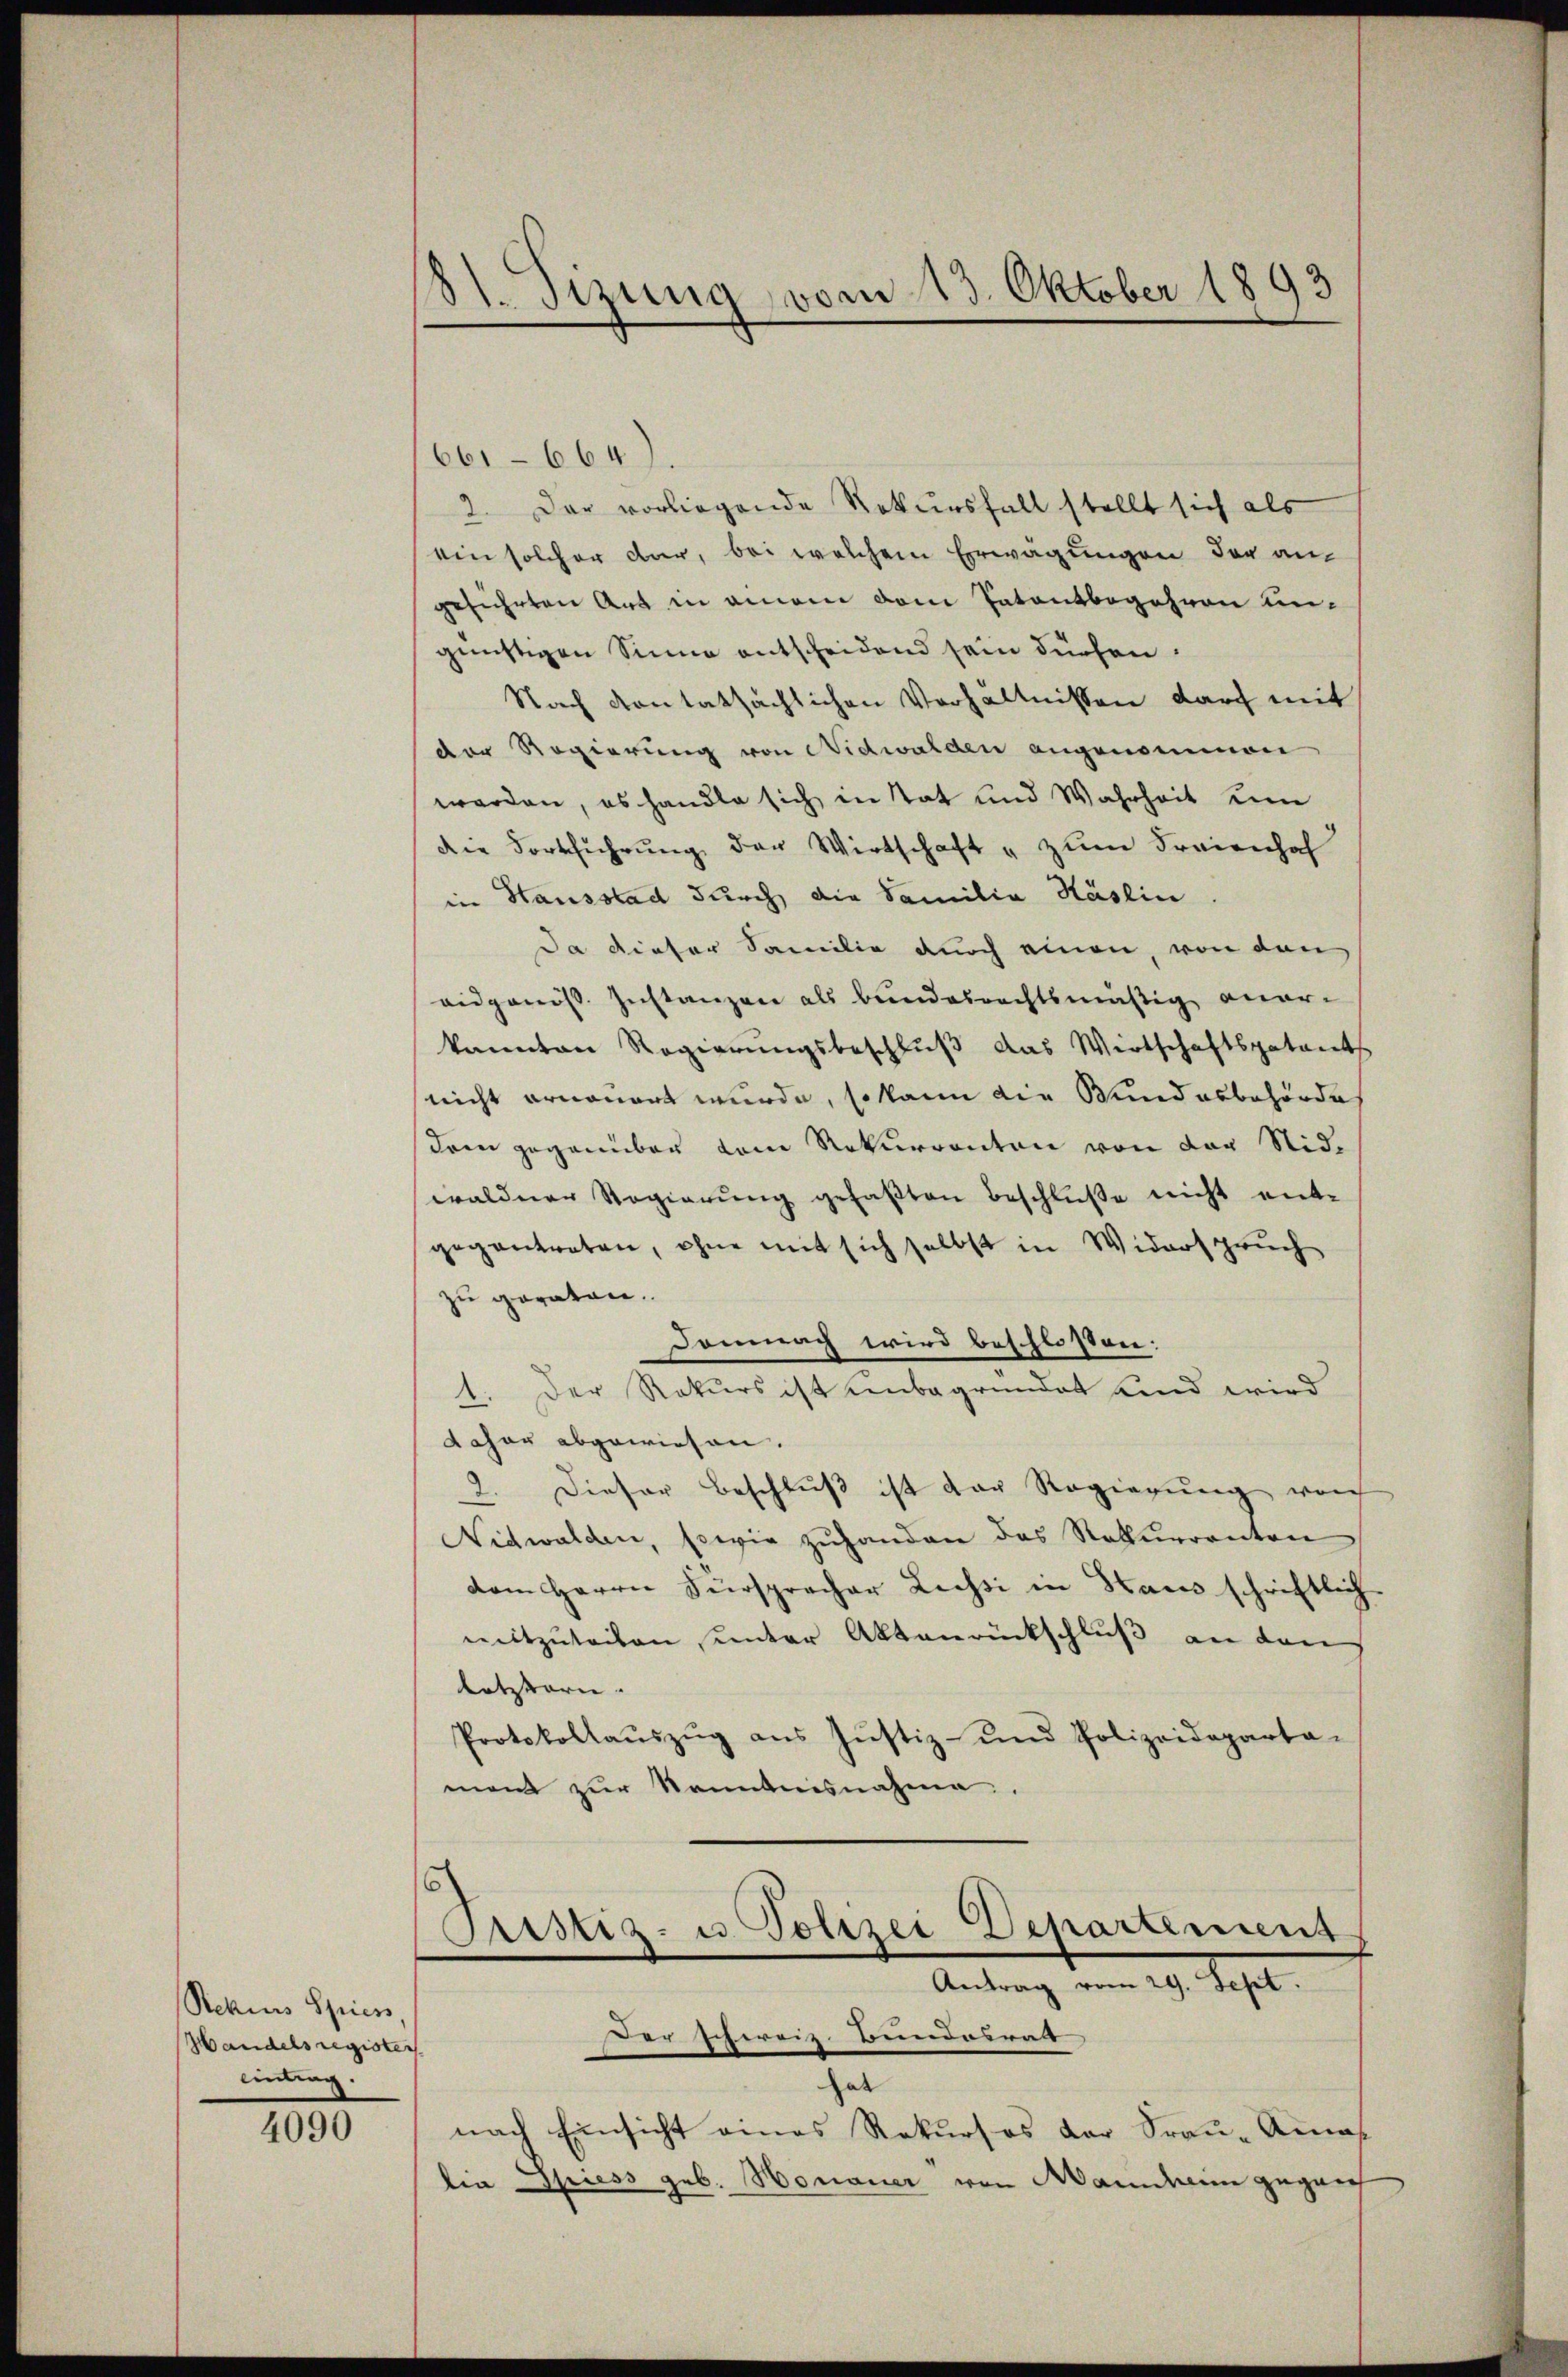
Rekurs Spiess
Handelsregister
Eintrag.

4090

81 Sizung vom 13. Oktober 1893

661-664).
2. Der vorliegende Rekursfall stellt sich als
ein solcher dar, bei welchem Erwägungen der angeführten Art in einem dem Patentbegehren ungünstigen Sinne entscheidend sein dürfen.
Nach von tatsächlichen Verhältnissen durch mit
der Regierung von Nidwalden angenommen
werden, es handle sich in Tat und Wahrheit eine
die Fortführŭng der Wirtschaft " zum Freienhaf
in Hausstad durch die Familia Häslin.
Da dieser Familie durch einen, von den
eidgenöss. Instanzen als bundesrechtsmäßig aner-
kannten Regierungsbeschlŭβ das Wirtschaftspatants
nicht ernauert wurde, so kann die Wundesbehörde
dem gegenüber dem Rekurrenten von der Nidwaldner Regierŭng gefaβten Beschlüße nicht ent-
gegantreten, ohne mit sich selbst in Widerspruch
zu geraten.
Domnach wird beschlossen:
1. Der Rekurs ist unbegründet und wird
daher abgewiesen.
2. Dieser Beschlŭβ ist der Regierŭng vorh
Nidwalden, sowie zŭhanden das Naturrenten
dem Herrn Fürsprecher Leisti in Haus schriftlich-
mitzuteilen unter Aktenrückschluß an den
letztern.
Protokollaŭszŭg aŭs Jŭstiz- und Polizeideparta-
ment zur Kenntnisnahme.

Pristiz- u. Polizei Departement
Antrag vom 29. Sept
Der schweiz. Bundeirat

hat
nach Einsicht eines Rekurses der Frau-Amas
lia Spiess geb. Honauer von Mandame gegen